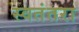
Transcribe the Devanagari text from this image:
स्वतंतरा